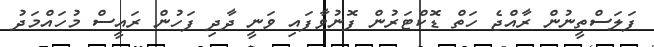
ފަލަސްތީނުން ރާއްޖެ ހަތް ޑޮކްޓަރުން ފޮނުވާފައި ވަނީ ދާދި ފަހުން ރައީސް މުހައްމަދު